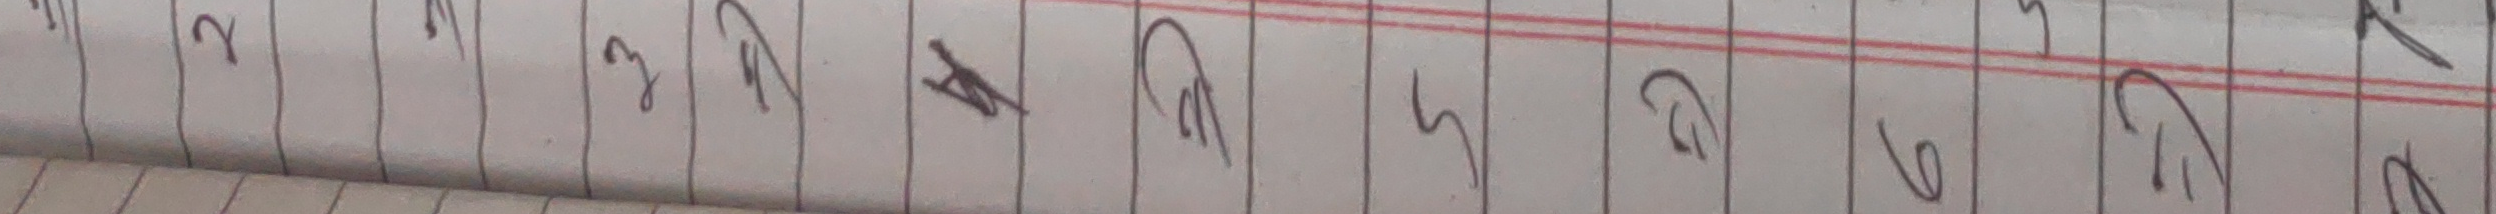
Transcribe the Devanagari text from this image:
२ ३ क ७ ५ ६ ७ २